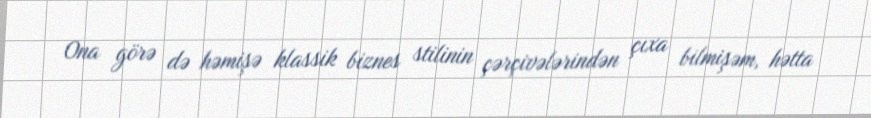
Ona görə də həmişə klassik biznes stilinin çərçivələrindən çıxa bilmişəm, hətta